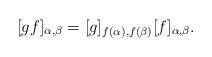
LaTeX: \begin{align*}[gf]_{\alpha,\beta} = [g]_{f(\alpha),f(\beta)}[f]_{\alpha,\beta}.\end{align*}